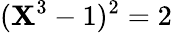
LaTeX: (\mathbf{X}^{3}-1)^{2}=2